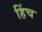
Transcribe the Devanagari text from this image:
हिंच